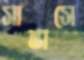
সান্তাসে